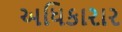
અધિકારાર